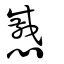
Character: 慼